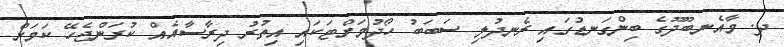
ދ. މާއެނބޫދޫގެ ބިންގަނޑުގައި ރެނދުލި ސަބަބު ހޯދުމަށްޓަކައި އިތުރު ދިރާސާއެއް ކުރަންޖެހޭ ކަމަށް